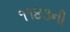
૧૧૪૩ની